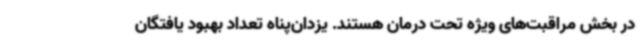
در بخش مراقبت‌های ویژه تحت درمان هستند. یزدان‌پناه تعداد بهبود یافتگان